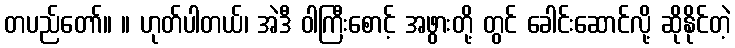
တပည်တော်။ ။ ဟုတ်ပါတယ်၊ အဲဒီ ဝါကြီးစောင့် အဖွားတို့ တွင် ခေါင်းဆောင်လို့ ဆိုနိုင်တဲ့